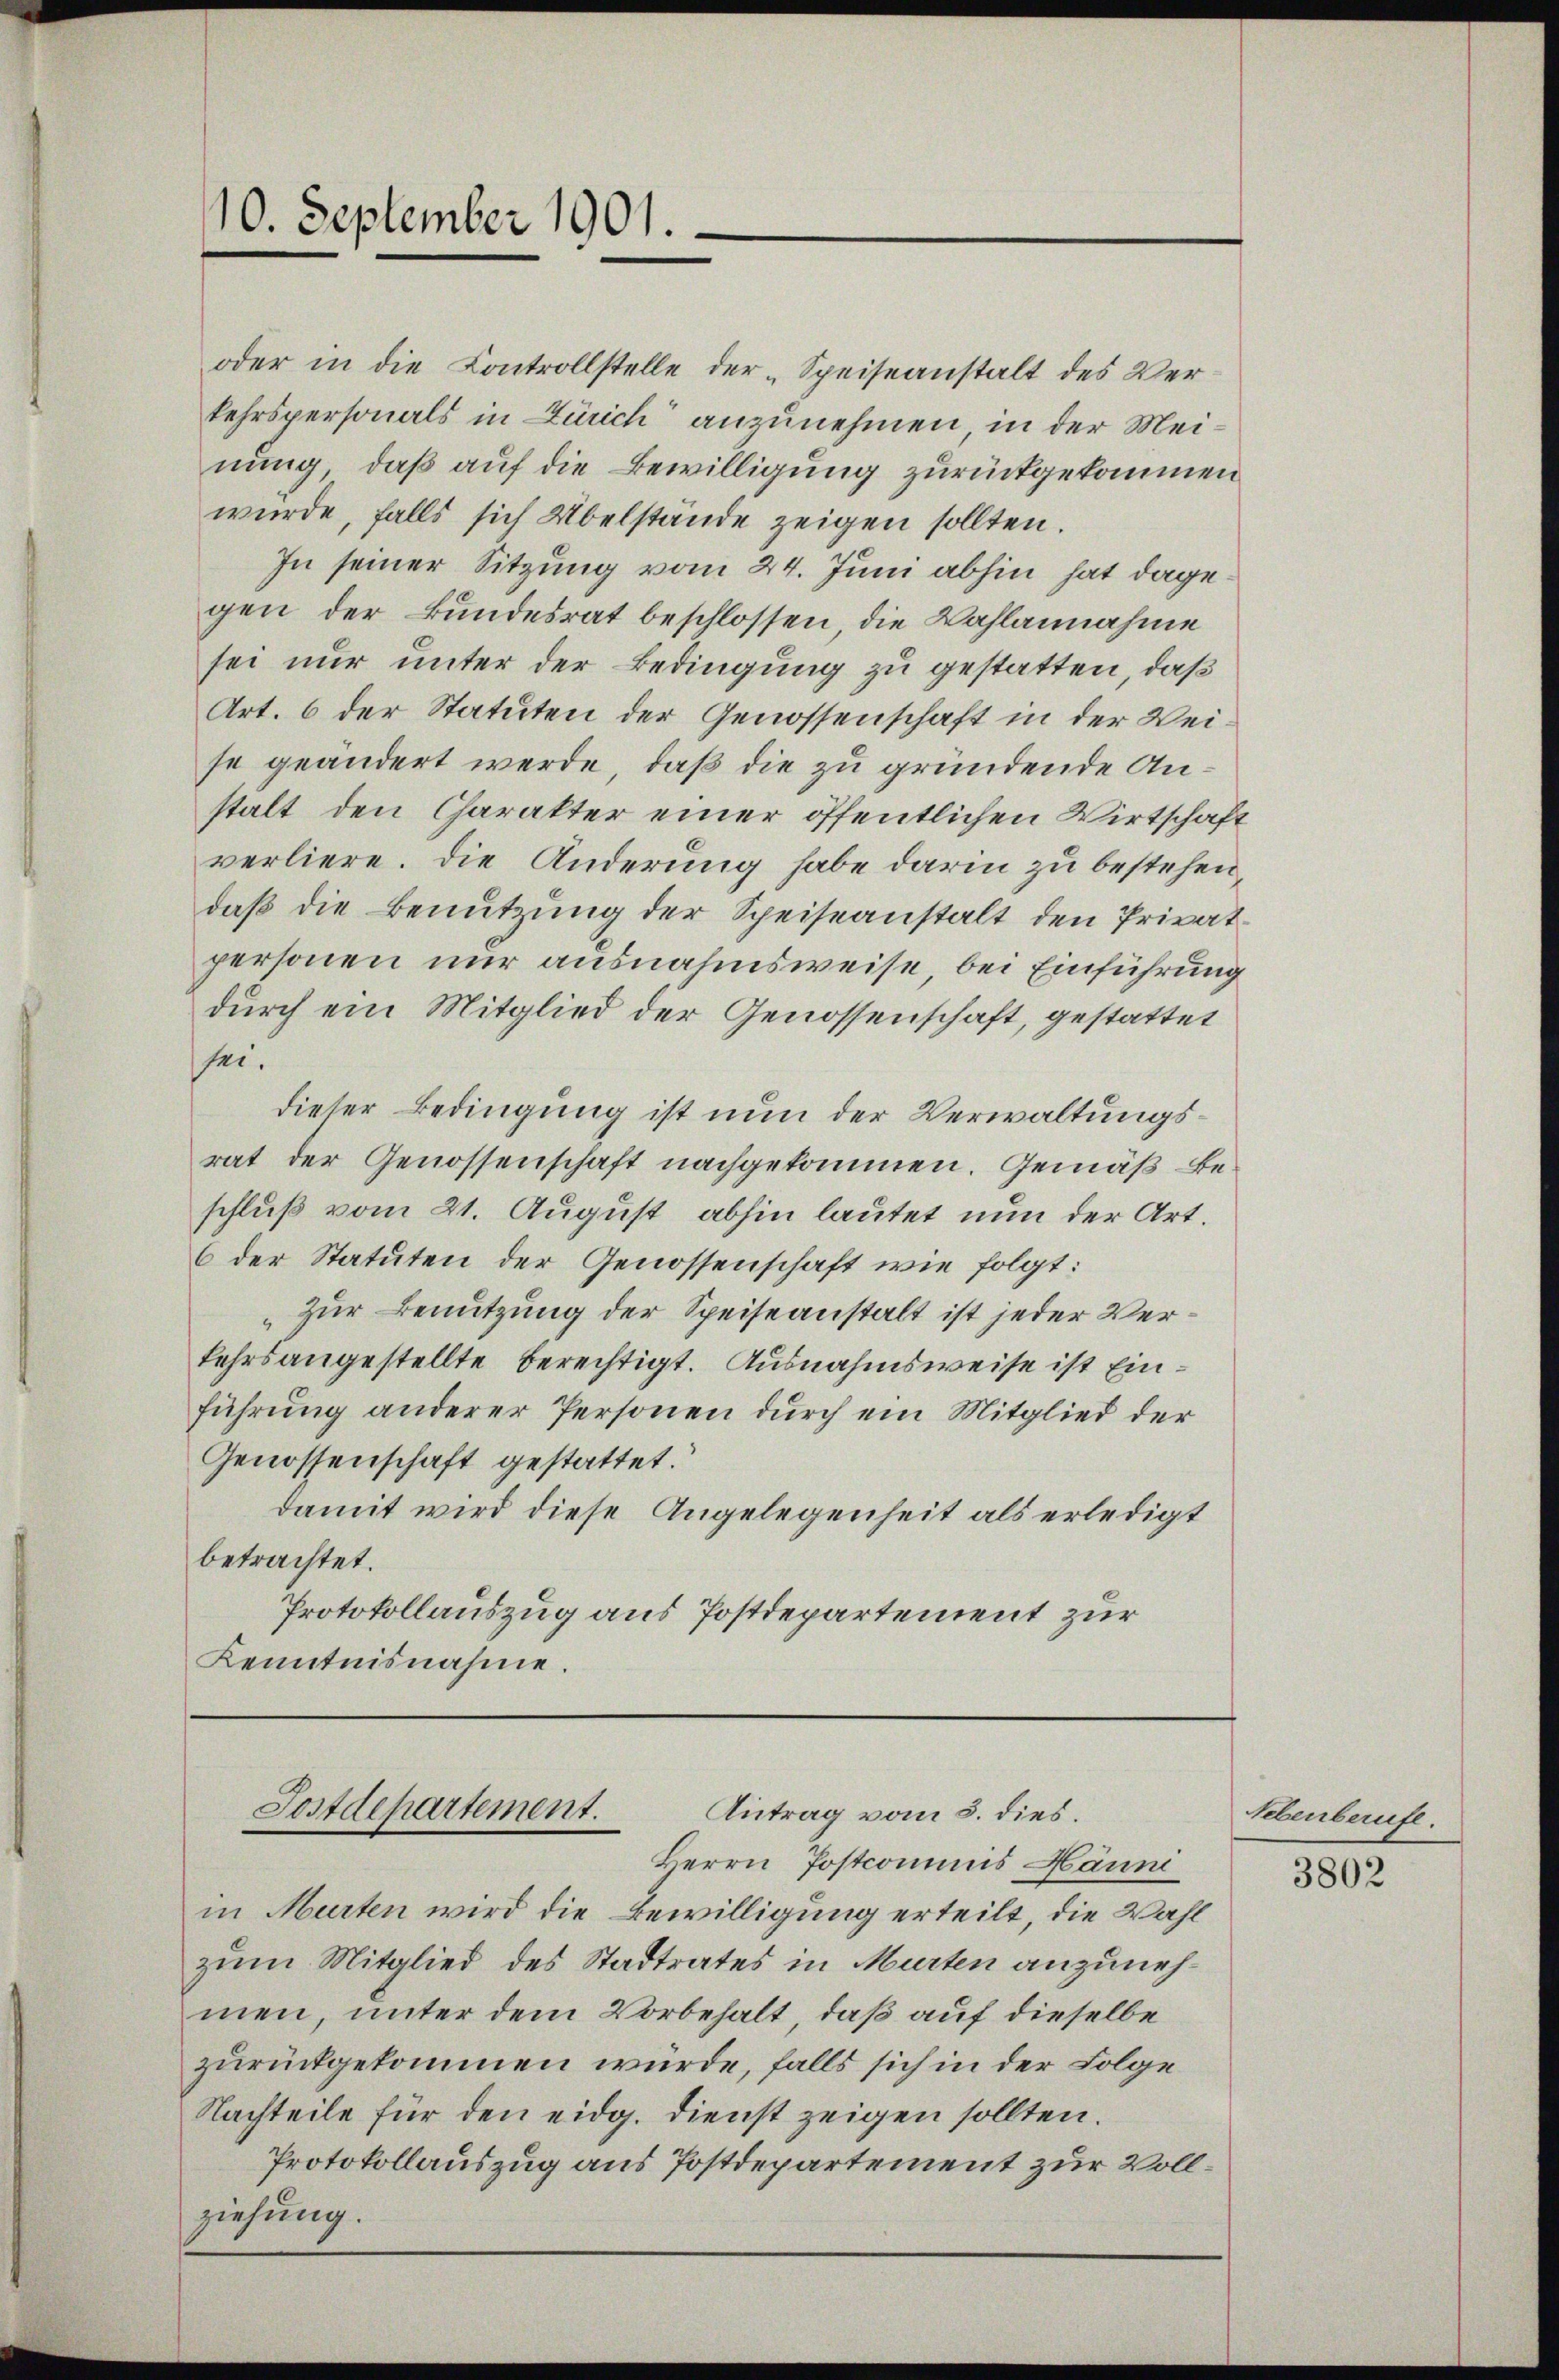
10. September 1901.

oder in die Controllstelle der „Speiseanstalt des Verkehrspersonals in Zürich anzunehmen, in der Meinung, daß auf die Bewilligung zurückgekommen
wurde, falls sich Übelstände zeigen sollten.
In seiner Sitzung vom 24. Juni abhin hat dagegen der Bundesrat beschlossen, die Wahlannahme
sei nur unter der Bedingung zu gestatten, daß
Art. 6 der Statuten der Genossenschaft in der Weise geändert werde, daß die zu gründende Anstalt den Charakter einer öffentlichen Wirtschaft
verliere. Die Änderung habe darin zu bestehen,
daß die Benutzung der Speiseanstalt den Privatpersonen nur ausnahmsweise, bei Einführung
durch ein Mitglied der Genossenschaft, gestattet
sei.
dieser Bedingung ist nun der Verwaltungsrat der Genossenschaft nachgekommen. Gemäß Beschluß vom 21. August abhin lautet nun der Art.
6 der Statuten der Genossenschaft wie folgt:
„Zur Benutzung der Speiseanstalt ist jeder Verkehrsangestellte berechtigt. Ausnahmsweise ist Einführung anderer Personen durch ein Mitglied der
Genossenschaft gestattet.
damit wird diese Angelegenheit als erledigt
betrachtet.
Protokollauszug aus Postdepartement zur
Kenntnisnahme.

Postdepartement.
Antrag vom 5. dies.
Berrn Postcommis Hänni

in Murten wird die Bewilligung erteilt, die Wahl
zum Mitglied des Stadtrates in Murten anzunehmen, unter dem Vorbehalt, daß auf dieselbe
zurückgekommen wurde, falls sich in der Folge
Nachteile für den eidg. Dienst zeigen sollten.
Protokollauszug aus Postdepartement zur Vollziehung.

Lebenberufe.

3802